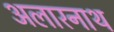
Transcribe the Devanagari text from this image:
अलारनाथ